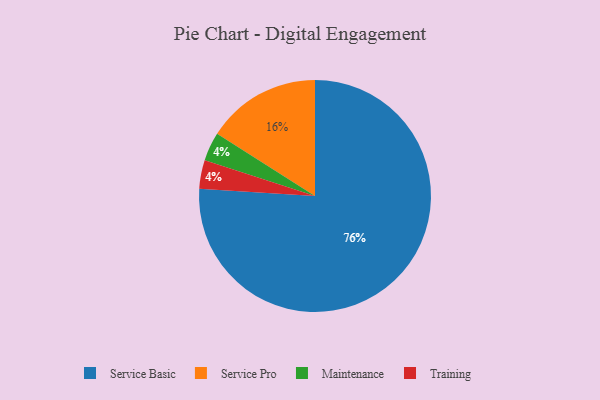
{"axis": {"x": "Category", "y": "Percentage"}, "legend": ["Maintenance", "Service Basic", "Service Pro", "Training"], "data": [{"x": "Maintenance", "y": 4, "type": "Maintenance"}, {"x": "Service Pro", "y": 16, "type": "Service Pro"}, {"x": "Training", "y": 4, "type": "Training"}, {"x": "Service Basic", "y": 76, "type": "Service Basic"}]}